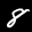
Label: 8